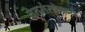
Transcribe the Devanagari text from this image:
चेतसंस्थेमध्ये